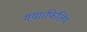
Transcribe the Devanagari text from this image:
गया।फिलिप